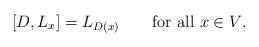
LaTeX: \begin{align*}[D, L_x] = L_{D(x)}\qquad\mbox{for all $x\in V$. }\end{align*}